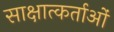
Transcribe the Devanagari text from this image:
साक्षात्कर्ताओं